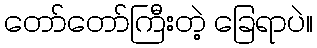
တော်တော်ကြီးတဲ့ ခြေရာပဲ။